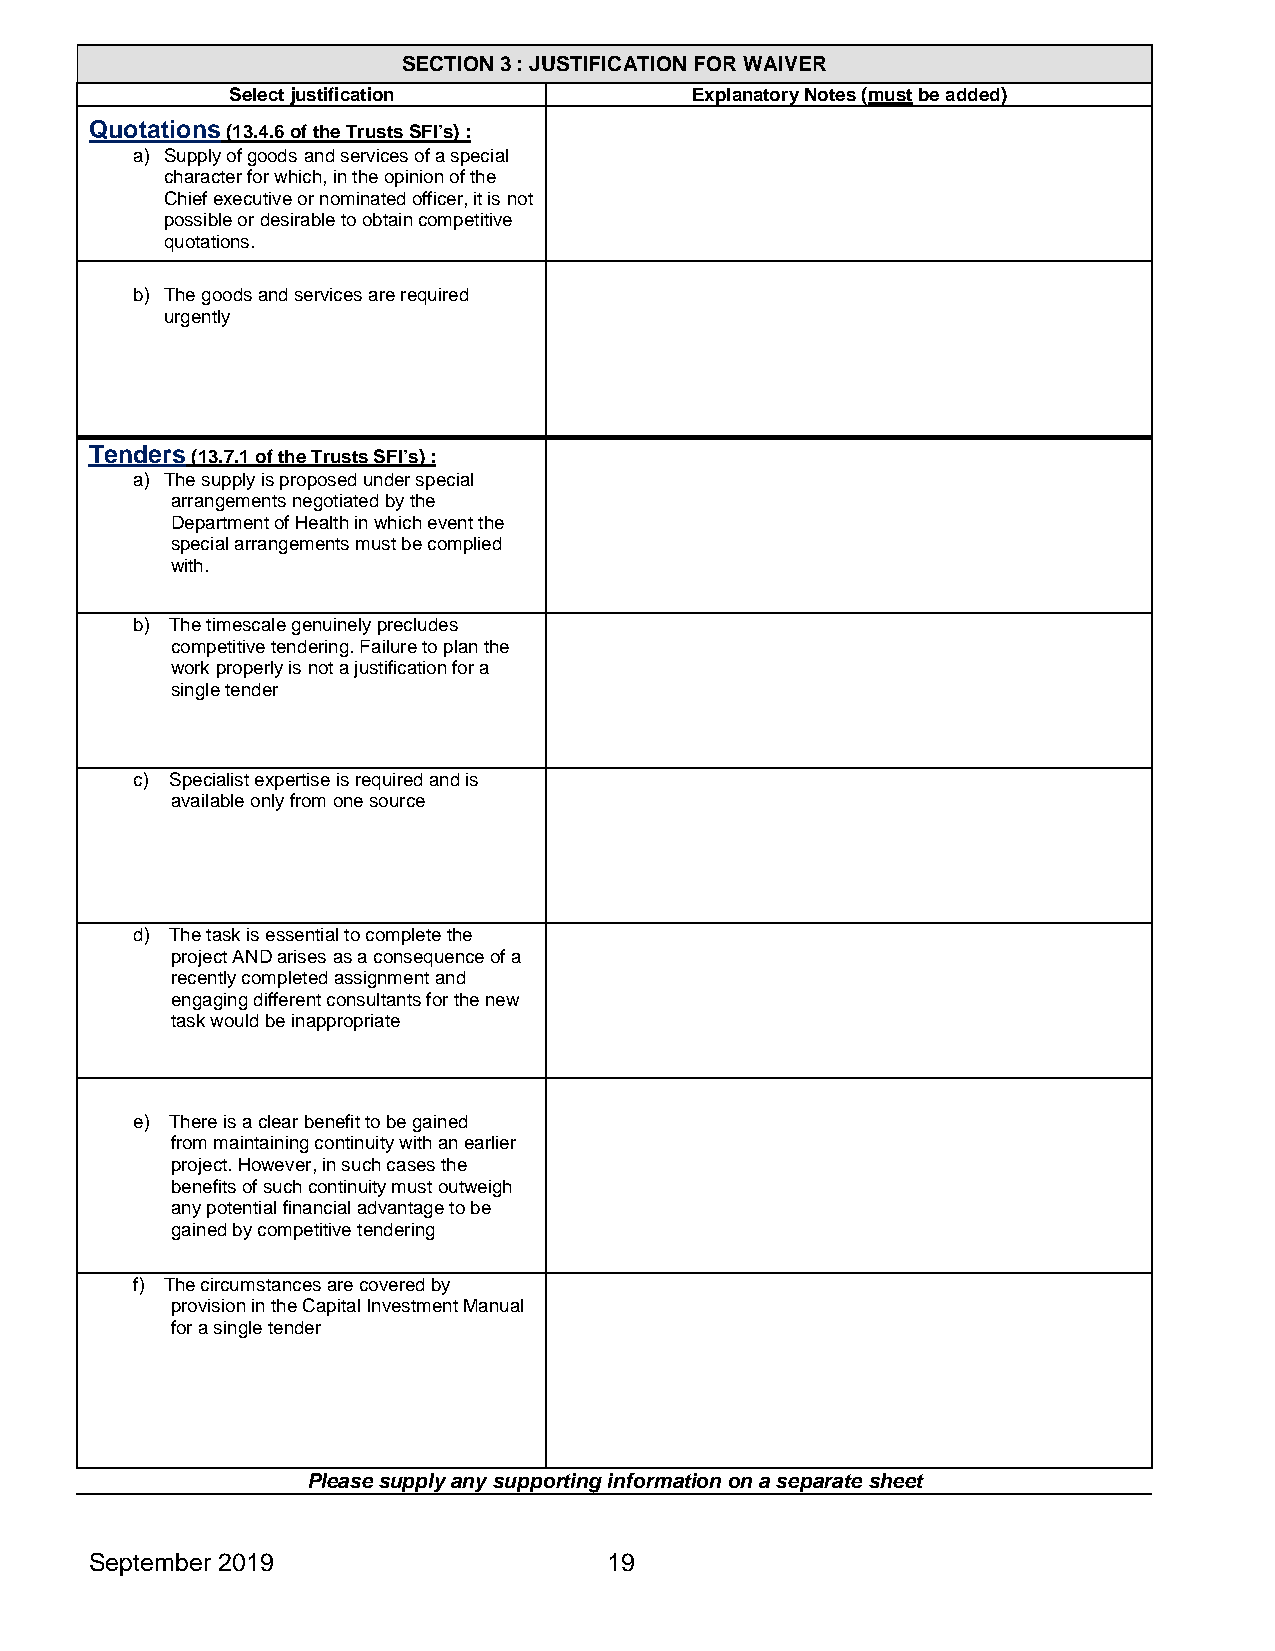
SECTION 3 : JUSTIFICATION FOR WAIVER
 Select justification           Explanatory Notes (must be added)
 Quotations (13.4.6 of the Trusts SFI’s) :
 a) Supply of goods and services of a special
 character for which, in the opinion of the
 Chief executive or nominated officer, it is not
 possible or desirable to obtain competitive
 quotations.
 b) The goods and services are required
 urgently
 Tenders (13.7.1 of the Trusts SFI’s) :
 a) The supply is proposed under special
 arrangements negotiated by the
 Department of Health in which event the
 special arrangements must be complied
 with.
 b) The timescale genuinely precludes
 competitive tendering. Failure to plan the
 work properly is not a justification for a
 single tender
 c) Specialist expertise is required and is
 available only from one source
 d) The task is essential to complete the
 project AND arises as a consequence of a
 recently completed assignment and
 engaging different consultants for the new
 task would be inappropriate
 e) There is a clear benefit to be gained
 from maintaining continuity with an earlier
 project. However, in such cases the
 benefits of such continuity must outweigh
 any potential financial advantage to be
 gained by competitive tendering
 f) The circumstances are covered by
 provision in the Capital Investment Manual
 for a single tender
 Please supply any supporting information on a separate sheet
 September 2019                    19